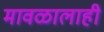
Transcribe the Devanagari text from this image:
मावळालाही